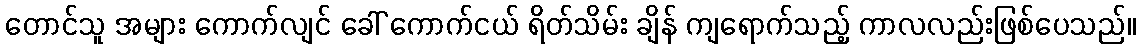
တောင်သူ အများ ကောက်လျင် ခေါ် ကောက်ငယ် ရိတ်သိမ်း ချိန် ကျရောက်သည့် ကာလလည်းဖြစ်ပေသည်။